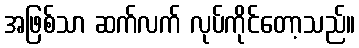
အဖြစ်သာ ဆက်လက် လုပ်ကိုင်တော့သည်။